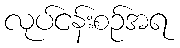
လုပ်ငန်းစဉ်အရ